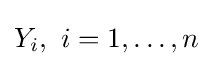
Y_{i},\ i=1,\dots ,n